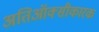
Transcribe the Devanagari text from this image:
अतिऑक्सीकारक